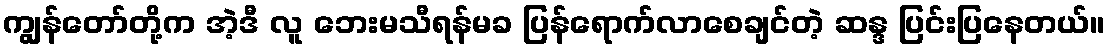
ကျွန်တော်တို့က အဲ့ဒီ လူ ဘေးမသီရန်မခ ပြန်ရောက်လာစေချင်တဲ့ ဆန္ဒ ပြင်းပြနေတယ်။